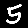
Digit: 5